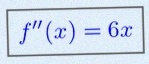
f''(x)=6x